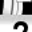
Digit: 2